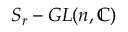
S _ { r } - G L ( n , \mathbb { C } )